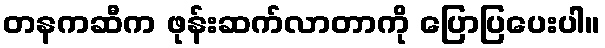
တနကဆီက ဖုန်းဆက်လာတာကို ပြောပြပေးပါ။